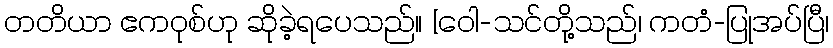
တတိယာ ဧကဝုစ်ဟု ဆိုခဲ့ရပေသည်။ [ဝေါ-သင်တို့သည်၊ ကတံ-ပြုအပ်ပြီ၊